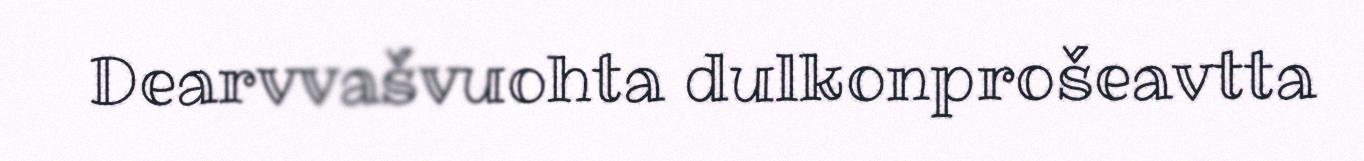
Dearvvašvuohta dulkonprošeavtta